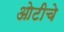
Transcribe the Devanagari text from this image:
ओटीचे